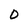
Character: 0